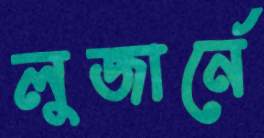
লুজার্নে